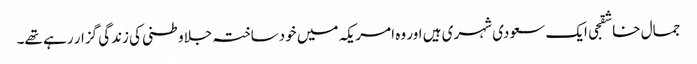
جمال خاشقجی ایک سعودی شہری ہیں اور وہ امریکہ میں خودساختہ جلاوطنی کی زندگی گزار رہے تھے۔